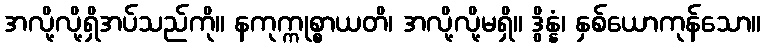
အလို့လို့ရှိအပ်သည်ကို။ နကုက္ကုစ္စာယတိ၊ အလို့လို့မရှိ။ ဒွိန္နံ၊ နှစ်ယောကုန်သော။